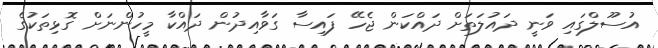
އުސޫލްގައި ވަނީ ދައުލަތަށް ދައްކަން ޖެހޭ ފައިސާ ގަވާއިދުން ދައްކާ މީހުންނަށް ގޮޅިތަކުގެ